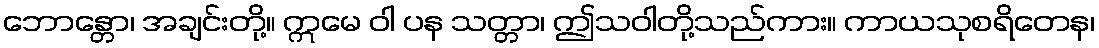
ဘောန္တော၊ အချင်းတို့။ ဣမေ ဝါ ပန သတ္တာ၊ ဤသဝါတို့သည်ကား။ ကာယသုစရိတေန၊